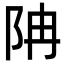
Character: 𨸱